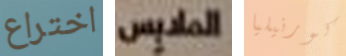
اختراع الملابس كورنيليا